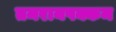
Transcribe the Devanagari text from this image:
तमरायपक्कम